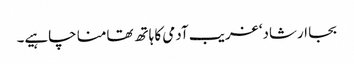
بجا ارشاد‘ غریب آدمی کا ہاتھ تھامنا چاہیے۔